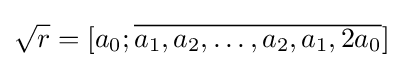
{\sqrt {r}}=[a_{0};{\overline {a_{1},a_{2},\dots ,a_{2},a_{1},2a_{0}}}]